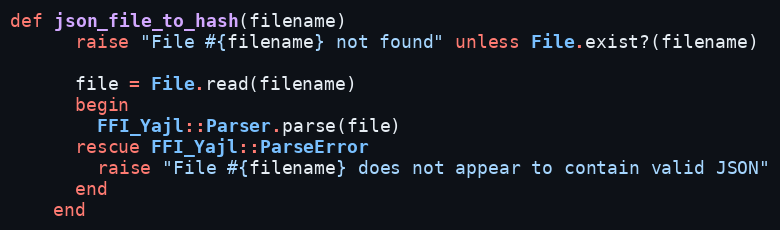
Language: Ruby
def json_file_to_hash(filename)
      raise "File #{filename} not found" unless File.exist?(filename)

      file = File.read(filename)
      begin
        FFI_Yajl::Parser.parse(file)
      rescue FFI_Yajl::ParseError
        raise "File #{filename} does not appear to contain valid JSON"
      end
    end